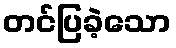
တင်ပြခဲ့သော